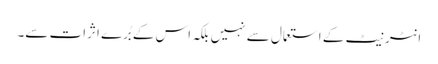
انٹرنیٹ کے استعمال سے نہیں بلکہ اس کے بُرے اثرات سے۔